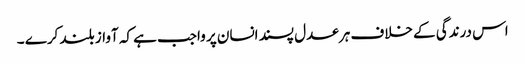
اس درندگی کے خلاف ہر عدل پسند انسان پر واجب ہے کہ آواز بلند کرے ۔